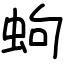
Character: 蚼